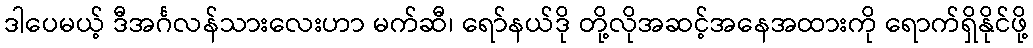
ဒါပေမယ့် ဒီအင်္ဂလန်သားလေးဟာ မက်ဆီ၊ ရော်နယ်ဒို တို့လိုအဆင့်အနေအထားကို ရောက်ရှိနိုင်ဖို့